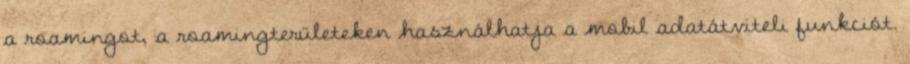
a roamingot, a roamingterületeken használhatja a mobil adatátviteli funkciót.